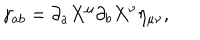
LaTeX: \gamma _ { a b } = \partial _ { a } X ^ { \mu } \partial _ { b } X ^ { \nu } \eta _ { \mu \nu } ,